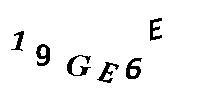
19GE6E